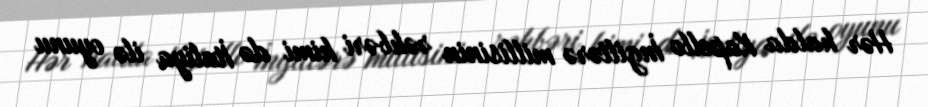
Hər halda Kapello İngiltərə millisinin rəhbəri kimi də İtaliya ilə oyunu